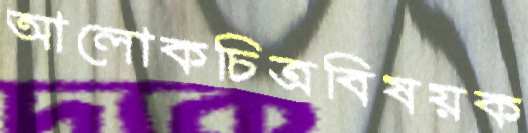
আলোকচিত্রবিষয়ক